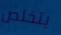
يتخلص